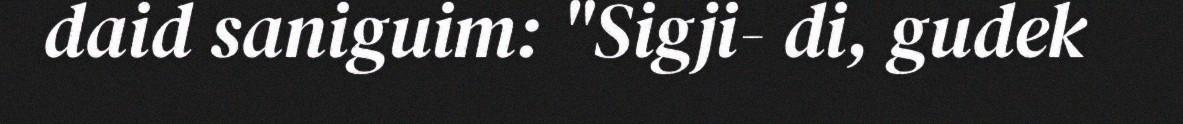
daid saniguim: "Sigji- di, gudek